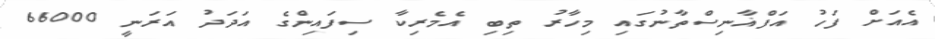
އެއަށް ފަހު އަފްޣާނިސްތާނުގައި މިހާރު ތިބި އެމެރިކާ ސިފައިންގެ އަދަދު އަރަނީ 66000